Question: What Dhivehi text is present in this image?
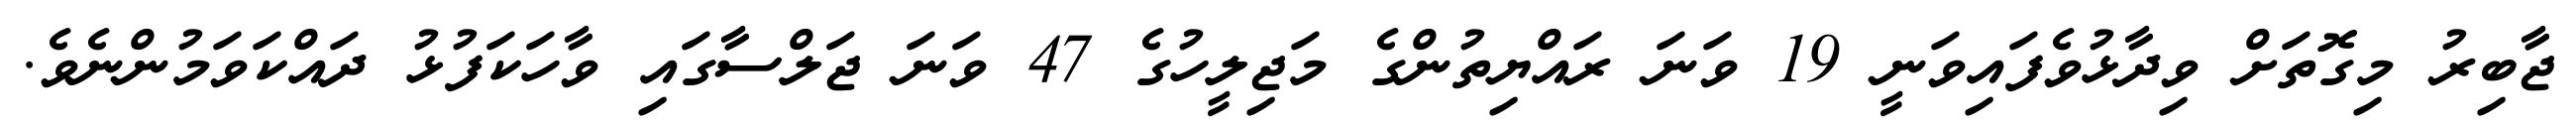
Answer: ޖާބިރު މިގޮތަށް ވިދާޅުވެފައިވަނީ 19 ވަނަ ރައްޔިތުންގެ މަޖިލީހުގެ 47 ވަނަ ޖަލްސާގައި ވާހަކަފުޅު ދައްކަވަމުންނެވެ.